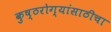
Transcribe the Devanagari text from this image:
कुष्ठरोग्यांसाठीचा